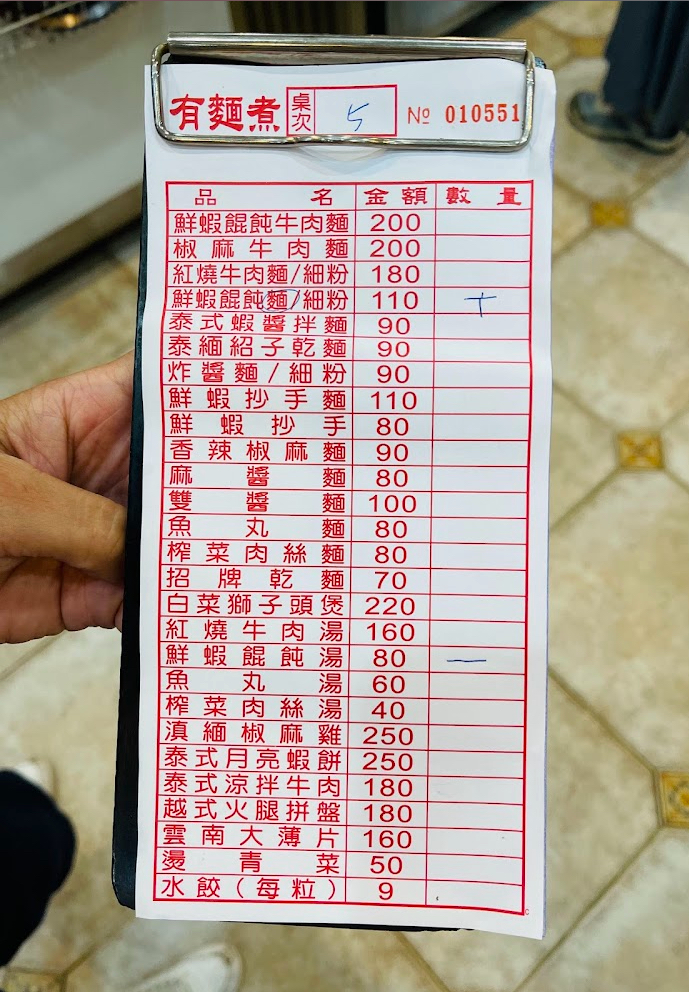
餐廳：有麵煮
菜單：
name: 鮮蝦餛飩牛肉麵
price: 200
name: 椒麻牛肉麵
price: 200
name: 紅燒牛肉麵/細粉
price: 180
name: 鮮蝦餛飩麵/細粉
price: 110
name: 泰式蝦醬拌麵
price: 90
name: 泰緬紹子乾麵
price: 90
name: 炸醬麵/細粉
price: 90
name: 鮮蝦抄手麵
price: 110
name: 鮮蝦抄手
price: 80
name: 香辣椒麻麵
price: 90
name: 麻醬麵
price: 80
name: 榨菜肉絲麵
price: 80
name: 招牌乾麵
price: 70
name: 白菜獅子頭煲
price: 220
name: 紅燒牛肉湯
price: 160
name: 鮮蝦餛飩湯
price: 80
name: 魚丸湯
price: 60
name: 榨菜肉絲湯
price: 40
name: 滇緬椒麻雞
price: 250
name: 泰式月亮蝦餅
price: 250
name: 泰式涼拌牛肉
price: 180
name: 越式火腿拼盤
price: 180
name: 雲南大薄片
price: 160
name: 燙青菜
price: 50
name: 水餃(每粒)
price: 9